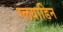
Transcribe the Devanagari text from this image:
ग्लयाडिन